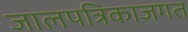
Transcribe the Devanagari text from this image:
जालपत्रिकाजगत